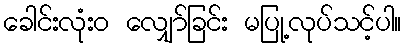
ခေါင်းလုံးဝ လျှော်ခြင်း မပြု့လုပ်သင့်ပါ။